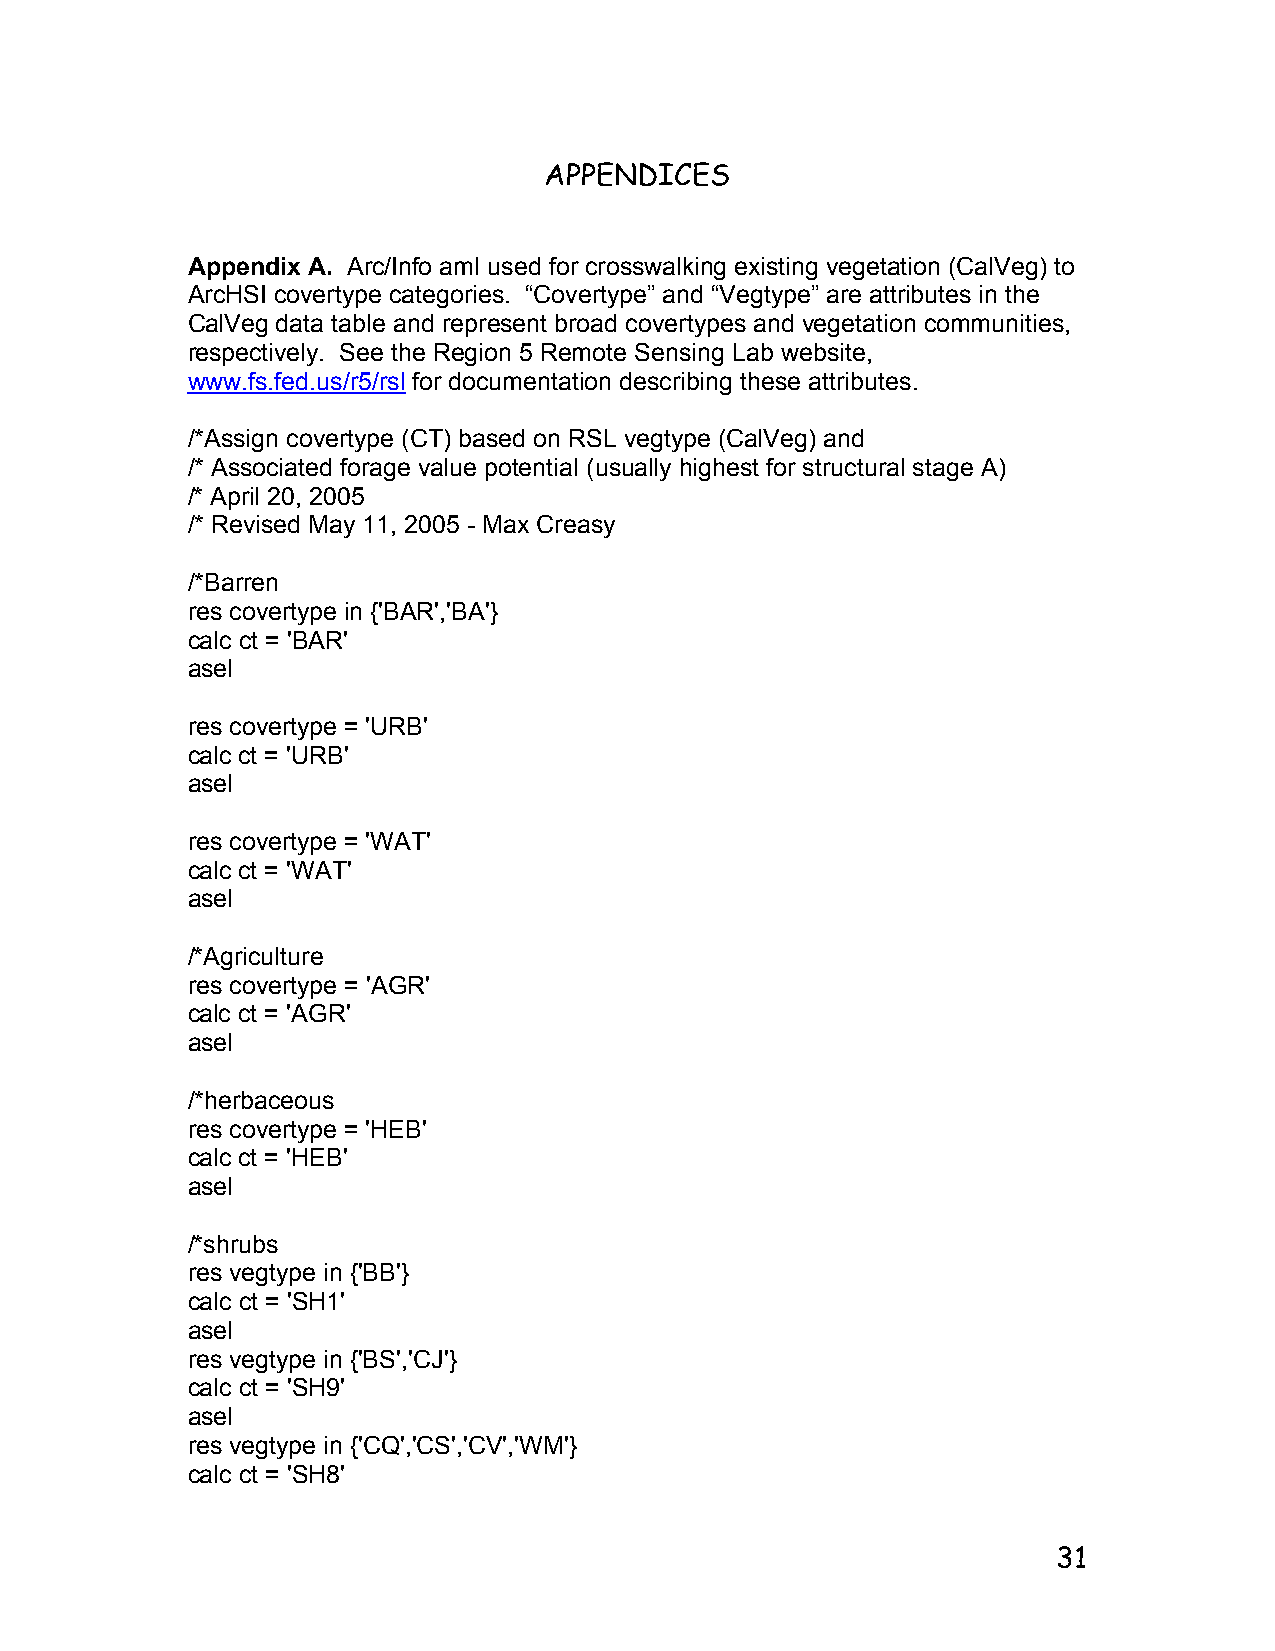
APPENDICES
 Appendix A. Arc/Info aml used for crosswalking existing vegetation (CalVeg) to
 ArcHSI covertype categories. “Covertype” and “Vegtype” are attributes in the
 CalVeg data table and represent broad covertypes and vegetation communities,
 respectively. See the Region 5 Remote Sensing Lab website,
 www.fs.fed.us/r5/rsl for documentation describing these attributes.
 /*Assign covertype (CT) based on RSL vegtype (CalVeg) and
 /* Associated forage value potential (usually highest for structural stage A)
 /* April 20, 2005
 /* Revised May 11, 2005 - Max Creasy
 /*Barren
 res covertype in {'BAR','BA'}
 calc ct = 'BAR'
 asel
 res covertype = 'URB'
 calc ct = 'URB'
 asel
 res covertype = 'WAT'
 calc ct = 'WAT'
 asel
 /*Agriculture
 res covertype = 'AGR'
 calc ct = 'AGR'
 asel
 /*herbaceous
 res covertype = 'HEB'
 calc ct = 'HEB'
 asel
 /*shrubs
 res vegtype in {'BB'}
 calc ct = 'SH1'
 asel
 res vegtype in {'BS','CJ'}
 calc ct = 'SH9'
 asel
 res vegtype in {'CQ','CS','CV','WM'}
 calc ct = 'SH8'
 31